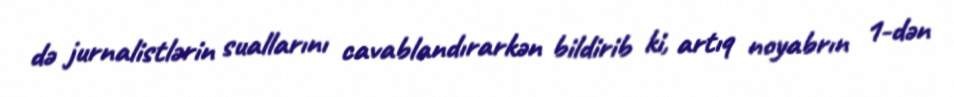
də jurnalistlərin suallarını cavablandırarkən bildirib ki, artıq noyabrın 1-dən